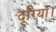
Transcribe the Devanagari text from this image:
दूरियां।